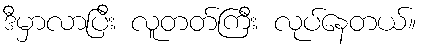
ဒီမှာလာပြီး လူတတ်ကြီး လုပ်နေတယ်။